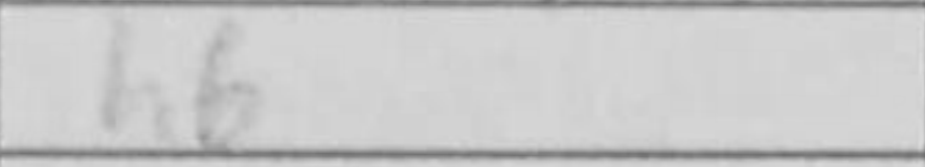
Transcription: h6